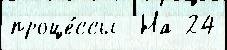
проце́ссы  На 24